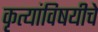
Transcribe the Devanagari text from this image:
कृत्यांविषयीचे